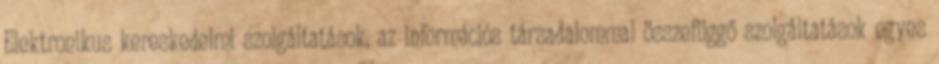
Elektronikus kereskedelmi szolgáltatások, az információs társadalommal összefüggő szolgáltatások egyes